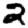
Digit: 2